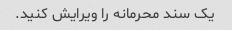
یک سند محرمانه را ویرایش کنید.